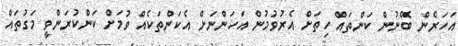
އަހަރެން ބޭނުން ކަންތައް ހިތަށް އެރުވުމުން އަހަންނަށް އެކަންތަކެއް ވުމަށް ކަންކުރަންވީ މަގުތައް